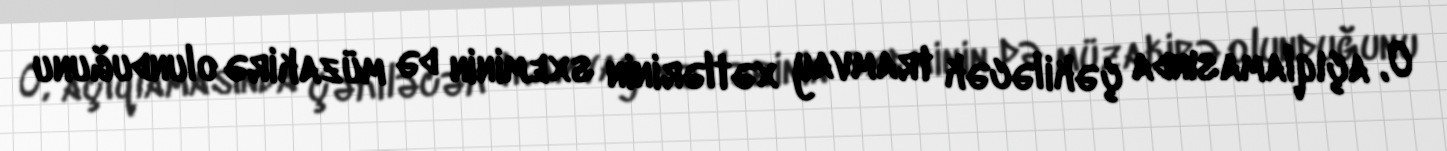
O, açıqlamasında çəkiləcək tramvay xətlərinin sxeminin də müzakirə olunduğunu